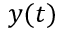
y ( t )